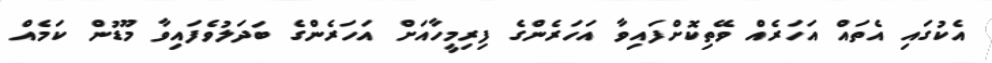
އެކުގައި އެތައް އަހަރެއް ވޭތިކޮށްފައިވާ އަހަރެންގެ ފިރިމީހާއަށް އަހަރެންގެ ބަދަލުވެފައިވާ މޫޑުން ކަމެއް